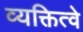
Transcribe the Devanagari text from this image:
व्यक्तित्वे